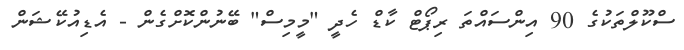
ސްކޫލްތަކުގެ 90 އިންސައްތަ ރިޕޯޓް ކާޑް ހެދީ "މީމިސް" ބޭނުންކޮށްގެން - އެޑިއުކޭޝަން